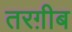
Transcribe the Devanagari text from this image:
तरग़ीब